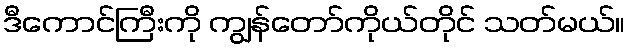
ဒီကောင်ကြီးကို ကျွန်တော်ကိုယ်တိုင် သတ်မယ်။